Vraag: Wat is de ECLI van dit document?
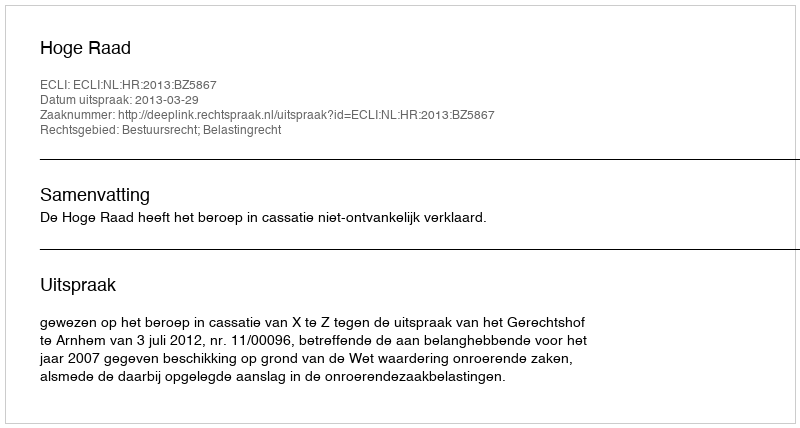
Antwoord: ECLI:NL:HR:2013:BZ5867